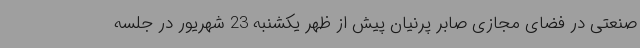
صنعتی در فضای مجازی صابر پرنیان پیش از ظهر یکشنبه 23 شهریور در جلسه